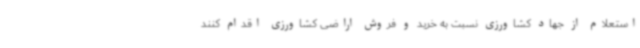
استعلام از جهاد کشاورزی نسبت به خرید و فروش اراضی کشاورزی اقدام کنند